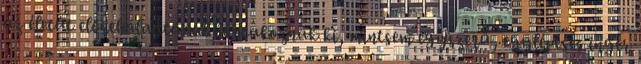
az életút előrehaladtával bontakoznak ki, mintsem egyszerű, egylépéses inger